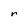
Character: r